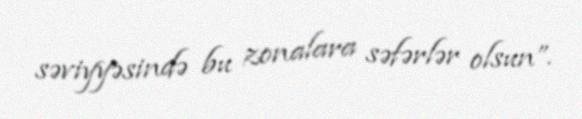
səviyyəsində bu zonalara səfərlər olsun”.